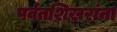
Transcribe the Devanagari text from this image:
पर्वतशिखरांना